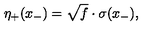
{ \eta } _ { + } ( x _ { - } ) = \sqrt { f } \cdot \sigma ( x _ { - } ) ,